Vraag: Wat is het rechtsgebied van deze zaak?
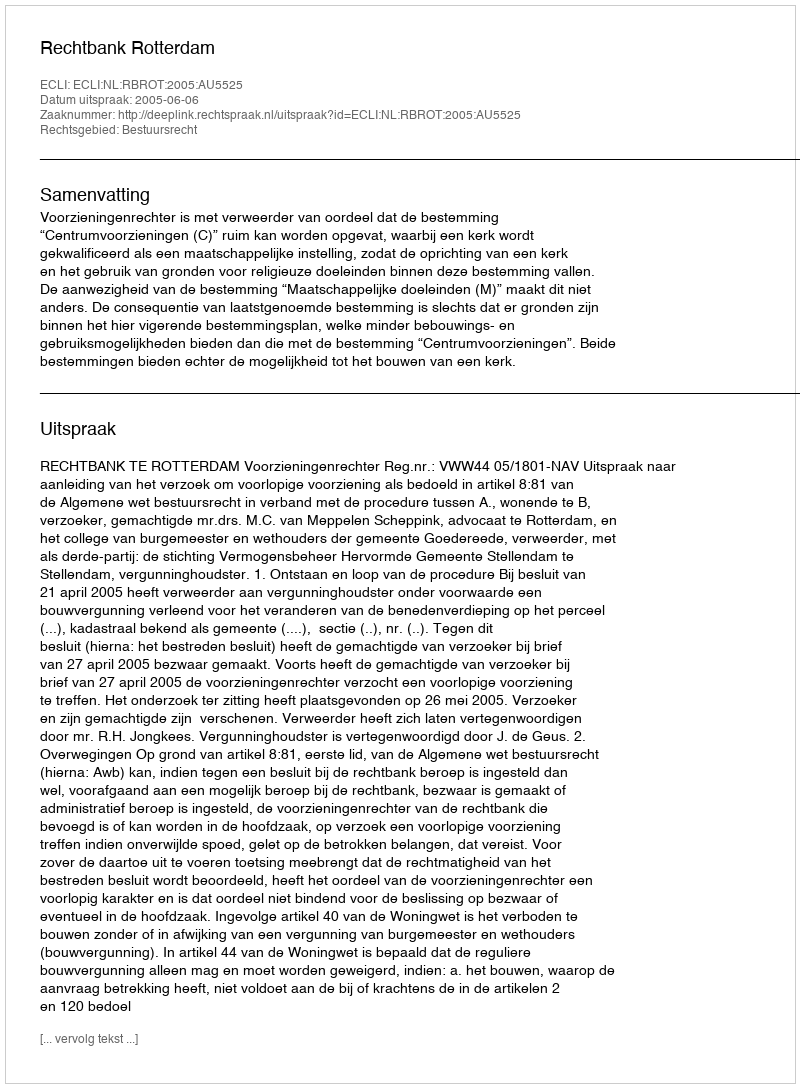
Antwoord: Bestuursrecht